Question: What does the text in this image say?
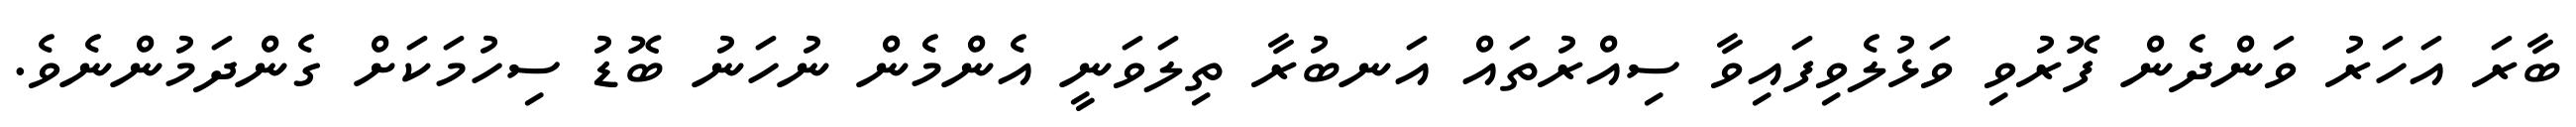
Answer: ބާރަ އަހަރު ވަންދެން ފޮރުވި ވަޅުލެވިފައިވާ ސިއްރުތައް އަނބުރާ ތިލަވަނީ އެންމެން ނުހަނު ބޮޑު ސިހުމަކަށް ގެންދަމުންނެވެ.